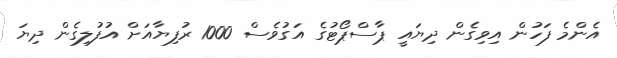
އެންމެ ފަހުން އިވިގެން ދިޔައީ ޕާސްޕޯޓުގެ އަގުވެސް 1000 ރުފިޔާއަށް އުފުލިގެން ދިޔަ